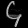
Digit: ၄